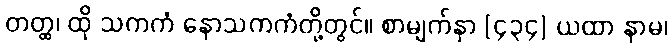
တတ္ထ၊ ထို သကကံ နောသကကံတို့တွင်။ စာမျက်နှာ [၄၃၄] ယထာ နာမ၊